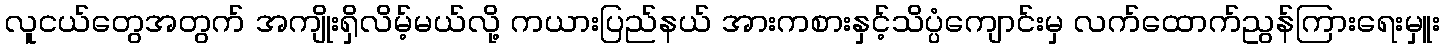
လူငယ်တွေအတွက် အကျိုးရှိလိမ့်မယ်လို့ ကယားပြည်နယ် အားကစားနှင့်သိပ္ပံကျောင်းမှ လက်ထောက်ညွန်ကြားရေးမှူး